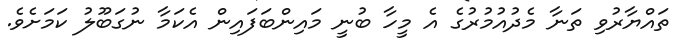
ތައްޔާރުވި ތަނާ މެދުއުމުރުގެ އެ މީހާ ބުނީ މައިންބަފައިން އެކަމާ ނުގަބޫލު ކަމަށެވެ.